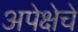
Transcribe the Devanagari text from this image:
अपेक्षेचे